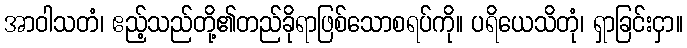
အာဝါသတံ၊ ဧည့်သည်တို့၏တည်ခိုရာဖြစ်သောစရပ်ကို။ ပရိယေသိတုံ၊ ရှာခြင်းငှာ။